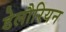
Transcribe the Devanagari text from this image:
डेलौरियन